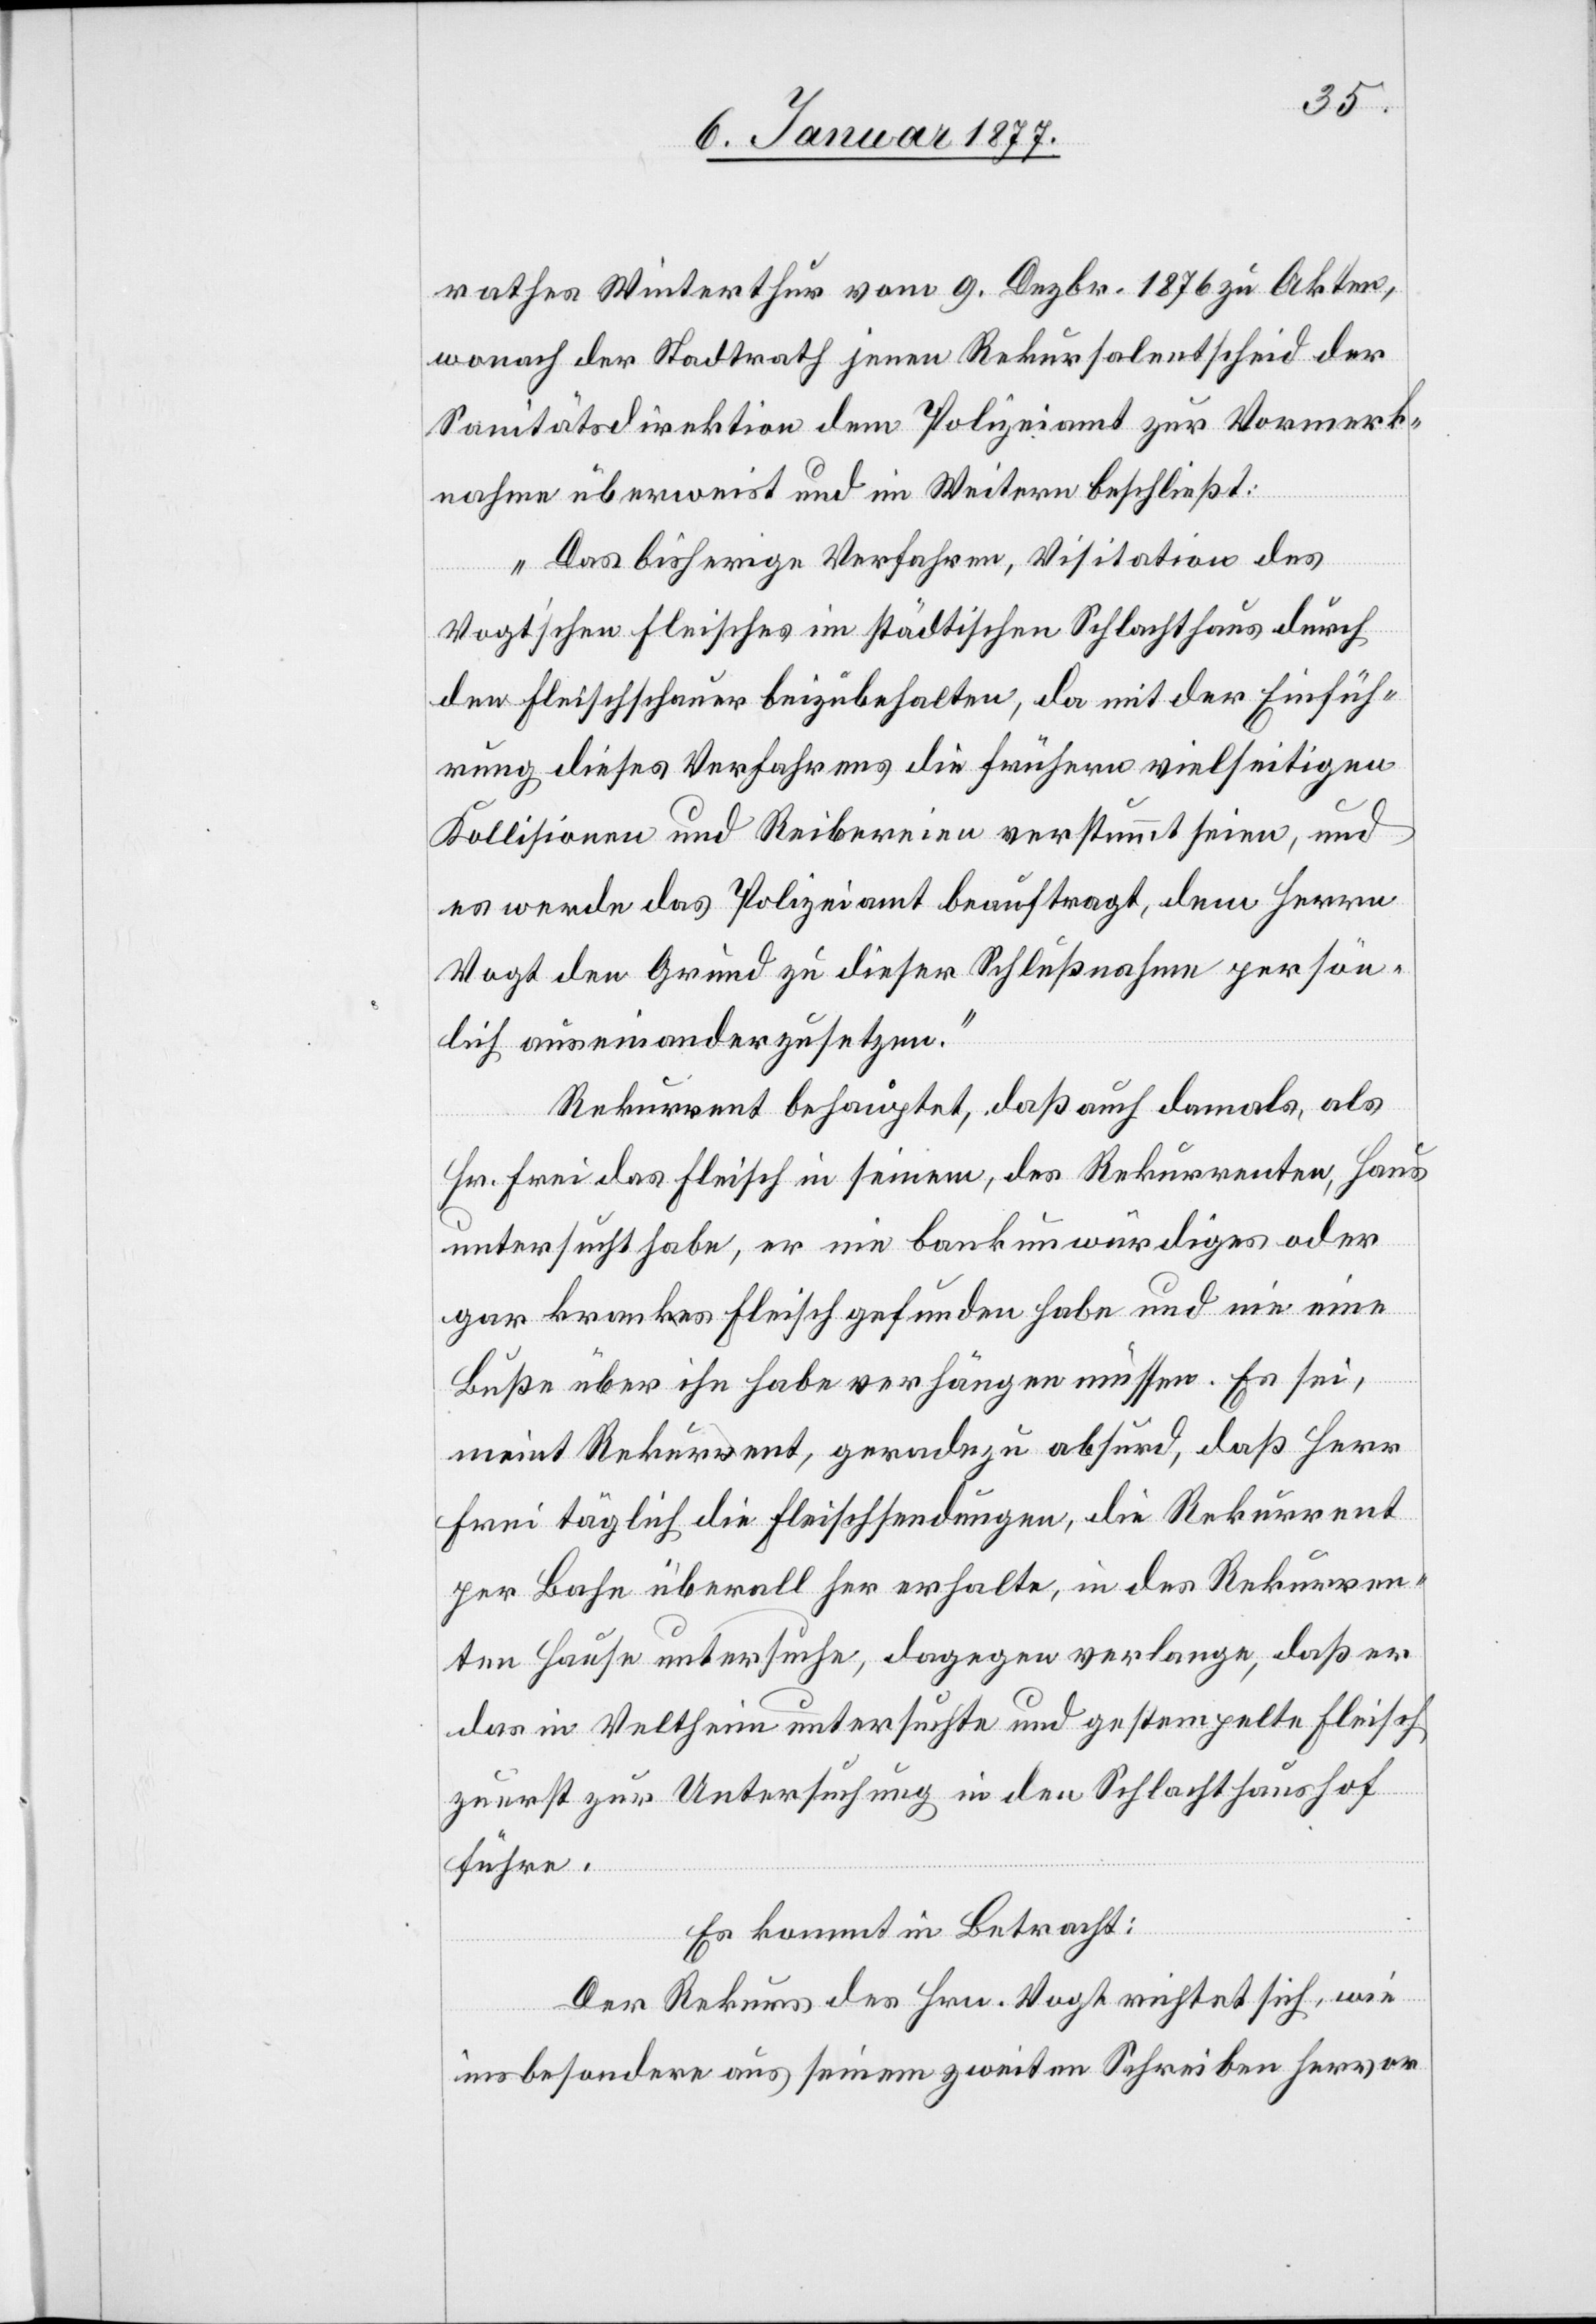
rathes Winterthur vom 9. Dezbr. 1876 zu Akten,
wonach der Stadtrath jenen Rekursalentscheid der
Sanitätsdirektion dem Polizeiamt zur Vormerk¬
nahme überweist und im Weitern beschließt:
„Das bisherige Verfahren, Visitation durch
den Fleischschauer beizubehalten, da mit der Einfüh¬
rung dieses Verfahrens die frühern vielseitigen
Kollisionen und Reibereien verstummt seien, und
es werde das Polizeiamt beauftragt, dem Herrn
Vogt den Grund zu dieser Schlußnahme persön¬
lich auseinanderzusetzen.“
Rekurrent behauptet, daß auch damals, als
Hr. Frei das Fleisch in seinem, des Rekurrenten, Haus
untersucht habe, er nie bankunwürdiges oder
gar krankes Fleisch gefunden habe und nie eine
Buße über ihn habe verhängen müssen. Es sei,
meint Rekurrent, geradezu absurd, daß Herr
Frei täglich die Fleischsendungen, die Rekurrent
per Bahn überall her erhalte, in des Rekurren¬
ten Hause untersuche, dagegen verlange, daß er
das in Veltheim untersuchte und gestempelte Fleisch
zuerst zur Untersuchung in den Schlachthaushof
führe.
Es kommt in Betracht:
Der Rekurs des Hrn. Vogt richtet sich, wie
insbesondere aus seinem zweiten Schreiben hervor